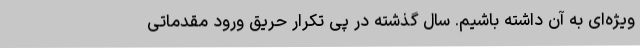
ویژه‌ای به آن داشته باشیم. سال گذشته در پی تکرار حریق ورود مقدماتی